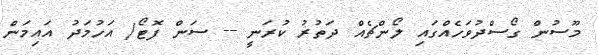
މޫސުން ގޯސްދުވަހެއްގައި ލޯންޗެއް ދަތުރު ކުރަނީ -- ސަން ފޮޓޯ/ އަހުމަދު އައިމަން